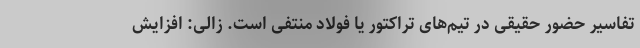
تفاسیر حضور حقیقی در تیم‌های تراکتور یا فولاد منتفی است. زالی: افزایش